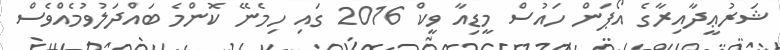
ޝަރުޢީދާއިރާގެ އޯޕަން ހައުސް މީޑިއާ ވީކް 2016 ގައި ހިމެނޭ ކޮންމެ ބައްދަލުވުމެއްވެސް